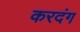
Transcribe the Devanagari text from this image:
करदंग